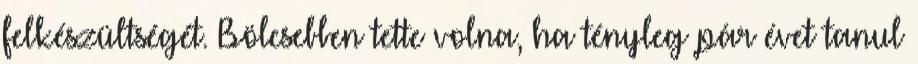
felkészültségét. Bölcsebben tette volna, ha tényleg pár évet tanul